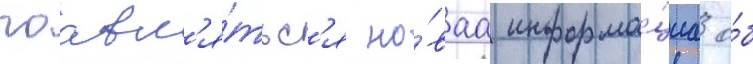
поавл'я́тьс'я но́ваа информа́циа о́б